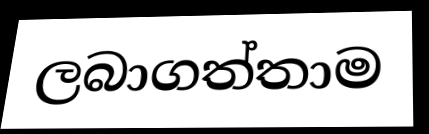
ලබාගත්තාම